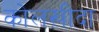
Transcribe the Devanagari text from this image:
कोलख़ीदा